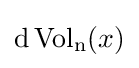
\mathrm {d} \operatorname {Vol_{n}} (x)